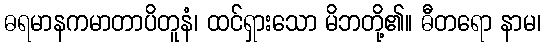
ဓရမာနကမာတာပိတူနံ၊ ထင်ရှားသော မိဘတို့၏။ ဓီတရော နာမ၊